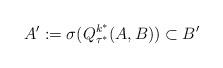
LaTeX: \begin{align*}A':=\sigma(Q^{k^*}_{\tau^*}(A,B)) \subset B'\end{align*}